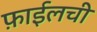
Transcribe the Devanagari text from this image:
फ़ाईलची